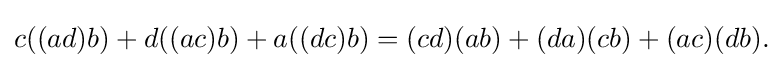
\displaystyle {c((ad)b)+d((ac)b)+a((dc)b)=(cd)(ab)+(da)(cb)+(ac)(db).}